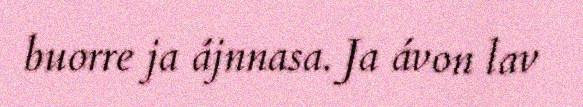
buorre ja ájnnasa. Ja ávon lav